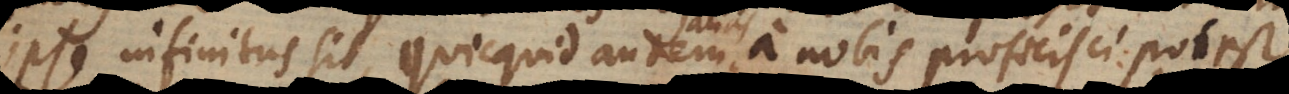
ipse infinitus sit, quicquid autem a nobis proficisci potest